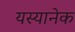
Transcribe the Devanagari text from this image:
यस्यानेक